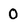
Character: 0